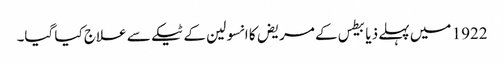
1922 میں‌ پہلے ذیابیطس کے مریض کا انسولین کے ٹیکے سے علاج کیا گیا۔